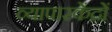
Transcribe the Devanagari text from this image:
व्यापारकेंद्रों